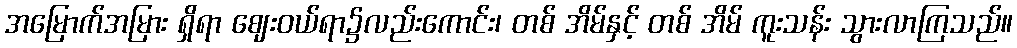
အမြောက်အမြား ရှိရာ ဈေးဝယ်ရာ၌လည်းကောင်း၊ တစ် အိမ်နှင့် တစ် အိမ် ကူးသန်း သွားလာကြသည်။